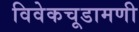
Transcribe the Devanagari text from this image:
विवेकचूडामणी